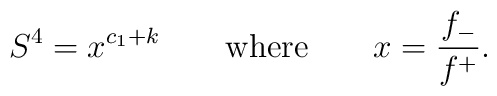
S^4 = x^{c_1 + k}  \qquad {\rm where} \qquad x = \frac{f_-}{f^+}.